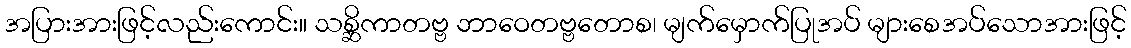
အပြားအားဖြင့်လည်းကောင်း။ သစ္ဆိကာတဗ္ဗ ဘာဝေတဗ္ဗတောစ၊ မျက်မှောက်ပြုအပ် များစေအပ်သောအားဖြင့်